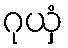
ဂုယှံ